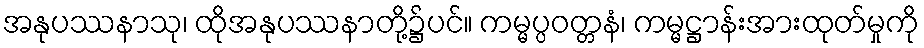
အနုပဿနာသု၊ ထိုအနုပဿနာတို့၌ပင်။ ကမ္မပ္ပဝတ္တနံ၊ ကမ္မဋ္ဌာန်းအားထုတ်မှုကို